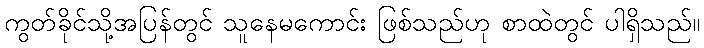
ကွတ်ခိုင်သို့အပြန်တွင် သူနေမကောင်း ဖြစ်သည်ဟု စာထဲတွင် ပါရှိသည်။